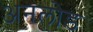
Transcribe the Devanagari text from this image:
अनलोड